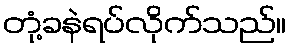
တုံ့ခနဲရပ်လိုက်သည်။